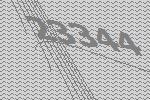
23344